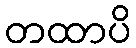
တထာပိ